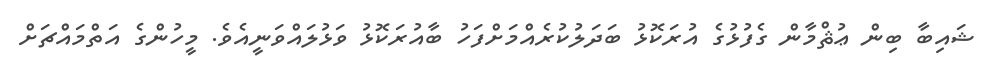
ޝައިބާ ބިން ޢުޘްމާން ގެފުޅުގެ އުރަކޮޅު ބަދަލުކުރެއްމަށްފަހު ބާއުރަކޮޅު ވަޅުލައްވަނީއެވެ. މީހުންގެ އަތްމައްޗަށް